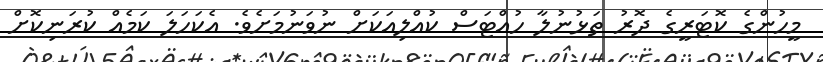
މީހުންގެ ކޮޓަރީގެ ދޮރު ތަޅުނުލާ ހުއްޓަސް ކުއްލިއަކަށް ނުވަނުމަށެވެ. އެކަހަލަ ކަމެއް ކުރަނިކޮށް